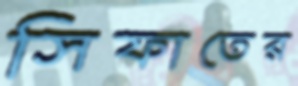
সিফাতের